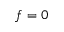
f = 0